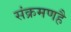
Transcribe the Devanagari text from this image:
संक्रमणहै